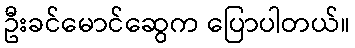
ဦးခင်မောင်ဆွေက ပြောပါတယ်။